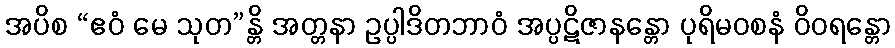
အပိစ “ဧဝံ မေ သုတ”န္တိ အတ္တနာ ဥပ္ပါဒိတဘာဝံ အပ္ပဋိဇာနန္တော ပုရိမဝစနံ ဝိဝရန္တော